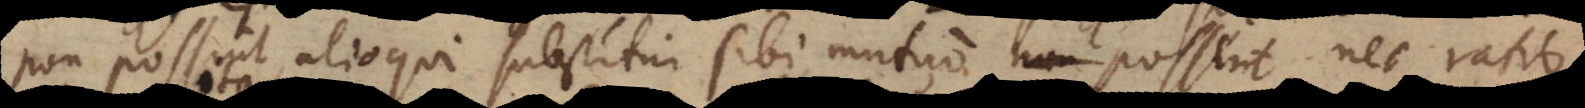
non possint, alioqui substitui sibi mutuo non possent, nec ratio